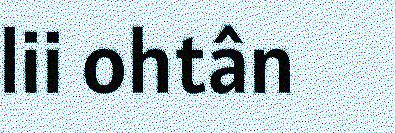
lii ohtân